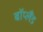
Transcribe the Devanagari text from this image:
बॉप्लैंड